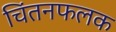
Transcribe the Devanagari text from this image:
चिंतनफलक